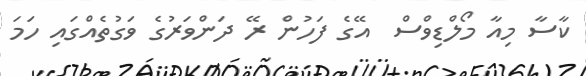
ކާސާ މިއާ މޯލްޑިވްސް  އޭގެ ފަހުން ރޭ ދަންވަރުގެ ވަގުތެއްގައި ހަމަ